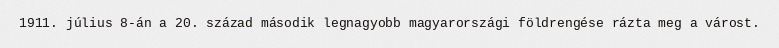
1911. július 8-án a 20. század második legnagyobb magyarországi földrengése rázta meg a várost.